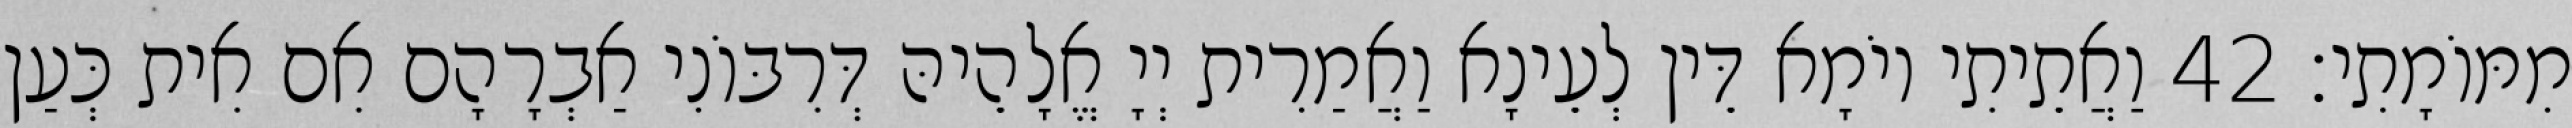
מִמּוֹמָתִי׃ 42 וַאֲתֵיתִי יוֹמָא דֵּין לְעֵינָא וַאֲמַרִית יְיָ אֱלָהֵיהּ דְּרִבּוֹנִי אַבְרָהָם אִם אִית כְּעַן